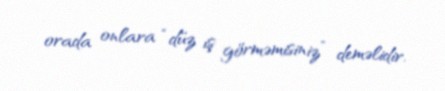
orada onlara “düz iş görməmisiniz” deməlidir.